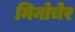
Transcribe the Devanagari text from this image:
मिनोचेर